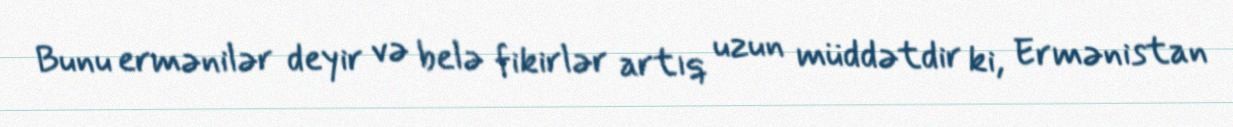
Bunu ermənilər deyir və belə fikirlər artıq uzun müddətdir ki, Ermənistan